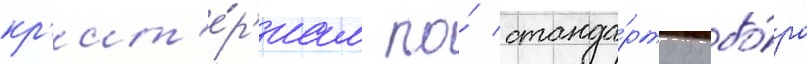
кр'ит'е́р'иам по́ станда́рту отбо́ра